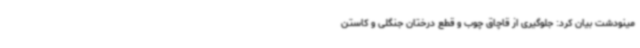
مینودشت بیان کرد: جلوگیری از قاچاق چوب و قطع درختان جنگلی و کاستن